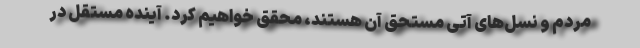
مردم و نسل‌های آتی مستحق آن هستند، محقق خواهیم کرد. آینده مستقل در